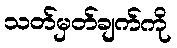
သတ်မှတ်ချက်ကို